Lunatic asylums in Bengal annual reports 1912-1924 - 1912-1924
Year: 1912
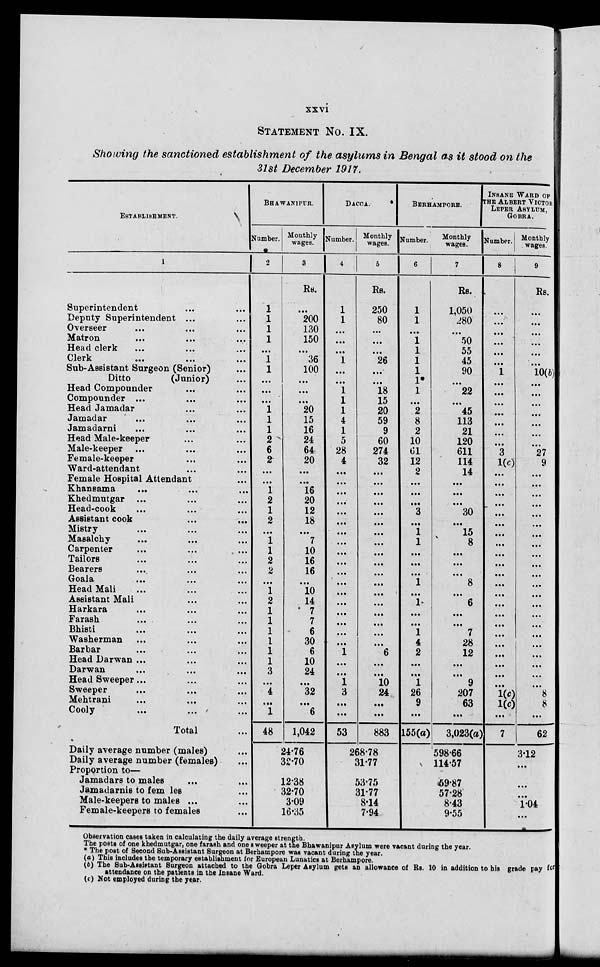
xxvi
STATEMENT No. IX.
Showing the sanctioned establishment of the asylums in Bengal as it stood on the
31st December 1917.
ESTABLISHMENT.
1
Superintendent ... ...
Deputy Superintendent ...
...
Overseer
...
...
...
Matron ... ... ...
Head clerk ... ... ...
Clerk
...
...
...
Sub-Assistant Surgeon (Senior) ...
Ditto
(Junior) ...
Head Compounder ...
Compounder ... ... ...
Head Jamadar ... ... ...
Jamadar ... ... ...
Jamadarni ... ... ...
Head Male-keeper ... ... ...
Male-keeper ... ... ...
Female-keeper ... ... ...
Ward-attendant ... ... ...
Female Hospital Attendant ...
Khansama ... ... ...
Khedmutgar ... ... ...
Head-cook ... ... ...
Assistant cook ... ... ...
Mistry ... ... ...
Masalchy ... ... ...
Carpenter ... ... ...
Tailors ... ... ...
Bearers
...
...
...
Goala ... ... ...
Head Mali ... ... ...
Assistant Mali ... ... ...
Harkara ... ... ...
Farash ... ... ...
Bhisti ... ... ...
Washerman ... ... ...
Barbar ... ... ...
Head Darwan ... ... ...
Darwan ... ... ...
Head Sweeper ... ... ...
Sweeper ... ... ...
Mehtrani ... ... ...
Cooly ... ... ...
Total ...
Daily average number (males) ...
Daily average number (females) ...
Proportion to—
Jamadars to males ...
Jamadarnis to females ...
Male-keepers to males ...
Female-keepers to females ...
BHAWANIPUR.
Number.
2
1
1
1
1
...
1
1
...
...
...
1
1
1
2
6
2
...
...
1
2
1
2
...
1
1
2
2
...
1
2
1
1
1
1
1
1
3
...
4
...
1
48
Monthly
wages.
3
Rs.
...
200
130
150
...
36
100
...
...
...
20
15
16
24
64
20
...
...
16
20
12
18
...
7
10
16
16
...
10
14
7
7
6
30
6
10
24
...
32
...
6
1,042
24.76
32.70
12.38
32.70
3.09
16.35
DACCA.
Number.
4
1
1
...
...
...
1
...
...
1
1
1
4
1
5
28
4
...
...
...
...
...
...
...
...
...
...
...
...
...
...
...
...
...
...
1
...
...
1
3
...
...
53
Monthly
wages.
5
Rs.
250
80
...
...
...
26
...
...
18
15
20
59
9
60
274
32
...
...
...
...
...
...
...
...
...
...
...
...
...
...
...
...
...
...
6
...
...
10
24
...
...
883
268.78
31.77
53.75
31.77
8.14
7.94
BERHAMPORE.
Number.
6
1
1
...
1
1
1
1
1
1
...
2
8
2
10
61
12
2
...
...
...
3
...
1
1
...
...
...
1
...
1
...
...
1
4
2
...
...
1
26
9
...
155(a)
Monthly
wages.
7
Rs.
1,050
280
...
50
55
45
90
...
22
...
45
113
21
120
611
114
14
...
...
...
30
...
15
8
...
...
...
8
...
6
...
...
7
28
12
...
...
9
207
63
...
3,023(a)
598.66
114.57
59.87
57.28
8.43
9.55
INSANE WARD OF
THE ALBERT VICTOR
LEPER ASYLUM,
GOBRA.
Number.
8
...
...
...
...
...
...
1
...
...
...
...
...
...
...
3
1(c)
...
...
...
...
...
...
...
...
...
...
...
...
...
...
...
...
...
...
...
...
...
...
1(c)
1(c)
...
7
Monthly
wages.
9
Rs.
...
...
...
...
...
...
10(b)
...
...
...
...
...
...
...
27
9
...
...
...
...
...
...
...
...
...
...
...
...
...
...
...
...
...
...
...
...
...
...
8
8
...
62
3.12
...
...
...
1.04
...
Observation cases taken in calculating the daily average strength.
The posts of one khedmutgar, one farash and one sweeper at the Bhawanipur Asylum were vacant during the year.
* The post of Second Sub-Assistant Surgeon at Berhampore was vacant during the year.
(a) This includes the temporary establishment for European Lunatics at Berhampore.
(b) The Sub-Assistant Surgeon attached to the Gobra Leper Asylum gets an allowance of Rs. 10 in addition to his grade pay for
attendance on the patients in the Insane Ward.
(c) Not employed during the year.